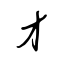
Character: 才